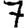
Digit: 7